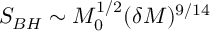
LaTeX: S _ { B H } \sim M _ { 0 } ^ { 1 / 2 } ( \delta M ) ^ { 9 / 1 4 }